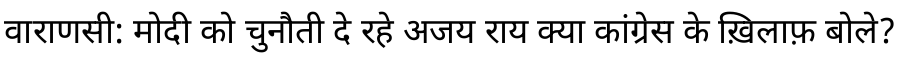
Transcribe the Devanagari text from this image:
वाराणसी: मोदी को चुनौती दे रहे अजय राय क्या कांग्रेस के ख़िलाफ़ बोले?